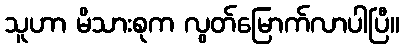
သူဟာ မိသားစုက လွတ်မြောက်လာပါပြီ။